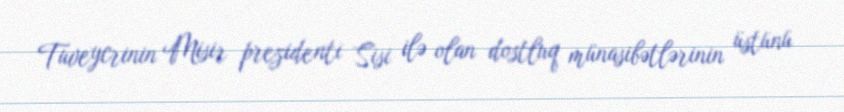
Tuveycrinin Misir prezidenti Sisi ilə olan dostluq münasibətlərinin üstünü